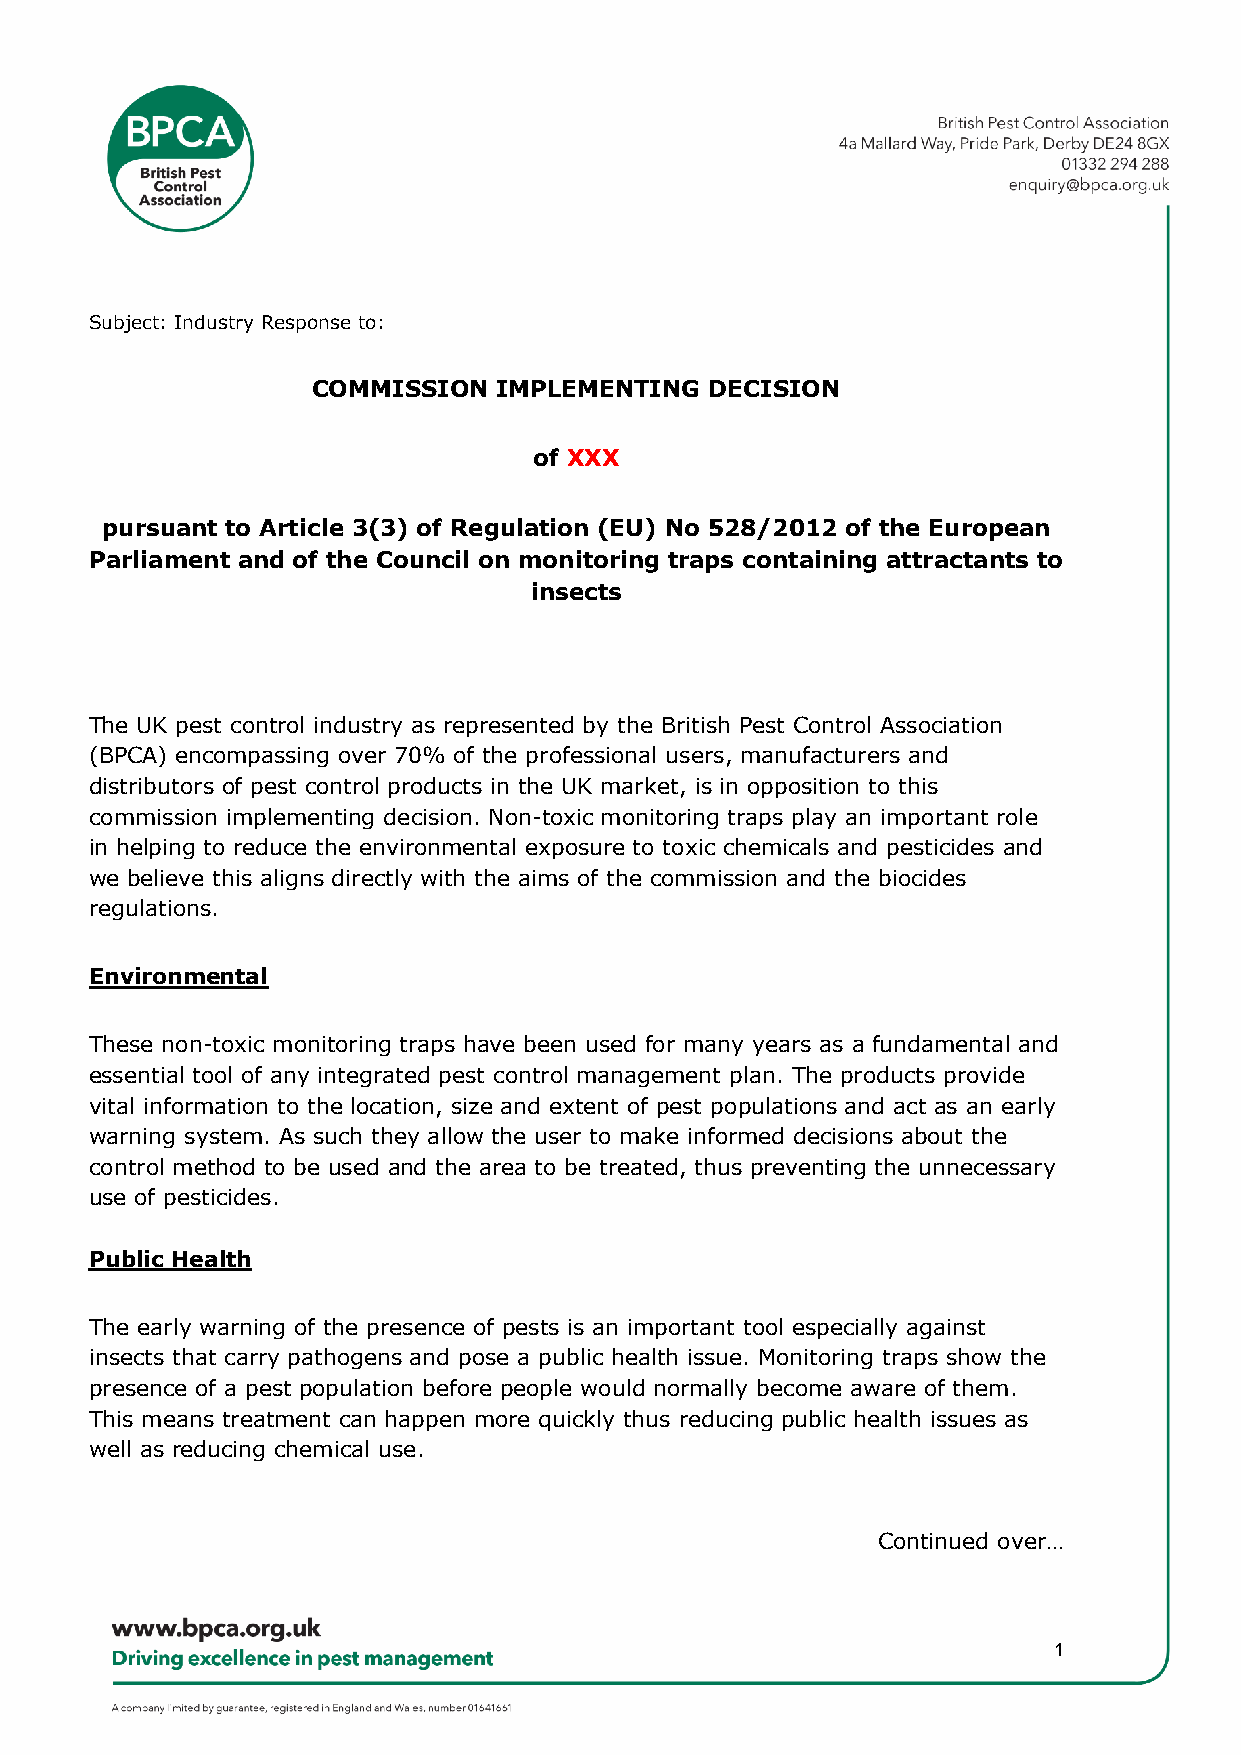
Subject: Industry Response to:
 COMMISSION  IMPLEMENTING  DECISION
 of XXX
 pursuant to Article 3(3) of Regulation (EU) No 528/2012 of the European
 Parliament and of the Council on monitoring traps containing attractants to
 insects
 The UK pest control industry as represented by the British Pest Control Association
 (BPCA) encompassing over 70% of the professional users, manufacturers and
 distributors of pest control products in the UK market, is in opposition to this
 commission implementing decision. Non-toxic monitoring traps play an important role
 in helping to reduce the environmental exposure to toxic chemicals and pesticides and
 we believe this aligns directly with the aims of the commission and the biocides
 regulations.
 Environmental
 These non-toxic monitoring traps have been used for many years as a fundamental and
 essential tool of any integrated pest control management plan. The products provide
 vital information to the location, size and extent of pest populations and act as an early
 warning system. As such they allow the user to make informed decisions about the
 control method to be used and the area to be treated, thus preventing the unnecessary
 use of pesticides.
 Public Health
 The early warning of the presence of pests is an important tool especially against
 insects that carry pathogens and pose a public health issue. Monitoring traps show the
 presence of a pest population before people would normally become aware of them.
 This means treatment can happen more quickly thus reducing public health issues as
 well as reducing chemical use.
 Continued over…
 1